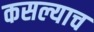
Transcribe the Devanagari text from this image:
कसल्याच